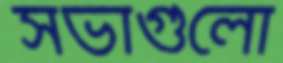
সভাগুলো